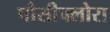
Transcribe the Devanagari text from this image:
पौसीफ्लोरा